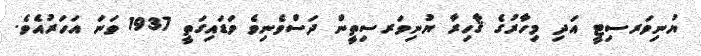
ޔުނިވަރސިޓީ އަދި މިހާރުގެ ޤާހިރާ ޔުނިވަރސިތީން ދަސްވެނިވެ ވަޑައިގަތީ 1937 ވަނަ އަހަރުއެވެ.